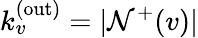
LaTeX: k_{v}^{\mathrm{(out)}}=|\mathcal{N}^{+}(v)|